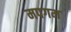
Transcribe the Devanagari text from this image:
मपगम